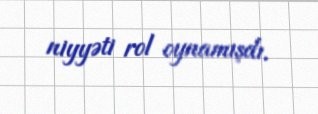
niyyəti rol oynamışdı.